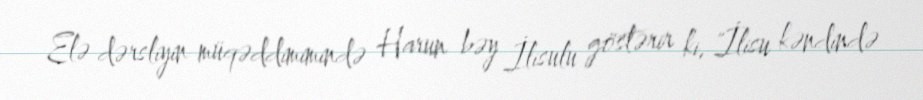
Elə dərsliyin müqəddimimində Harun bəy İlisulu göstərir ki, "İlisu kəndində